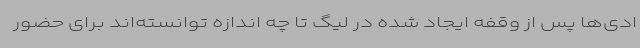
ادی‌ها پس از وقفه ایجاد شده در لیگ تا چه اندازه توانسته‌اند برای حضور